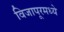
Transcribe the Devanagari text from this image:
विजापूरमध्ये